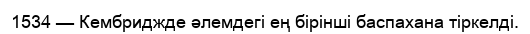
1534 — Кембриджде әлемдегі ең бірінші баспахана тiркелді.